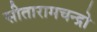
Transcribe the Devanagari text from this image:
सीतारामचन्द्रो